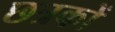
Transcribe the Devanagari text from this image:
छत्रकों